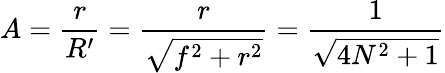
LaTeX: A={\frac{r}{R^{\prime}}}={\frac{r}{\sqrt{f^{2}+r^{2}}}}={\frac{1}{\sqrt{4N^{2}+1}}}